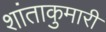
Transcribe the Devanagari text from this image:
शांताकुमारी